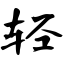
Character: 轻